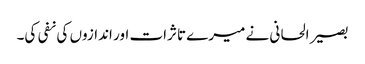
بصیر الحانی نے میرے تاثرات اور اندازوں کی نفی کی۔